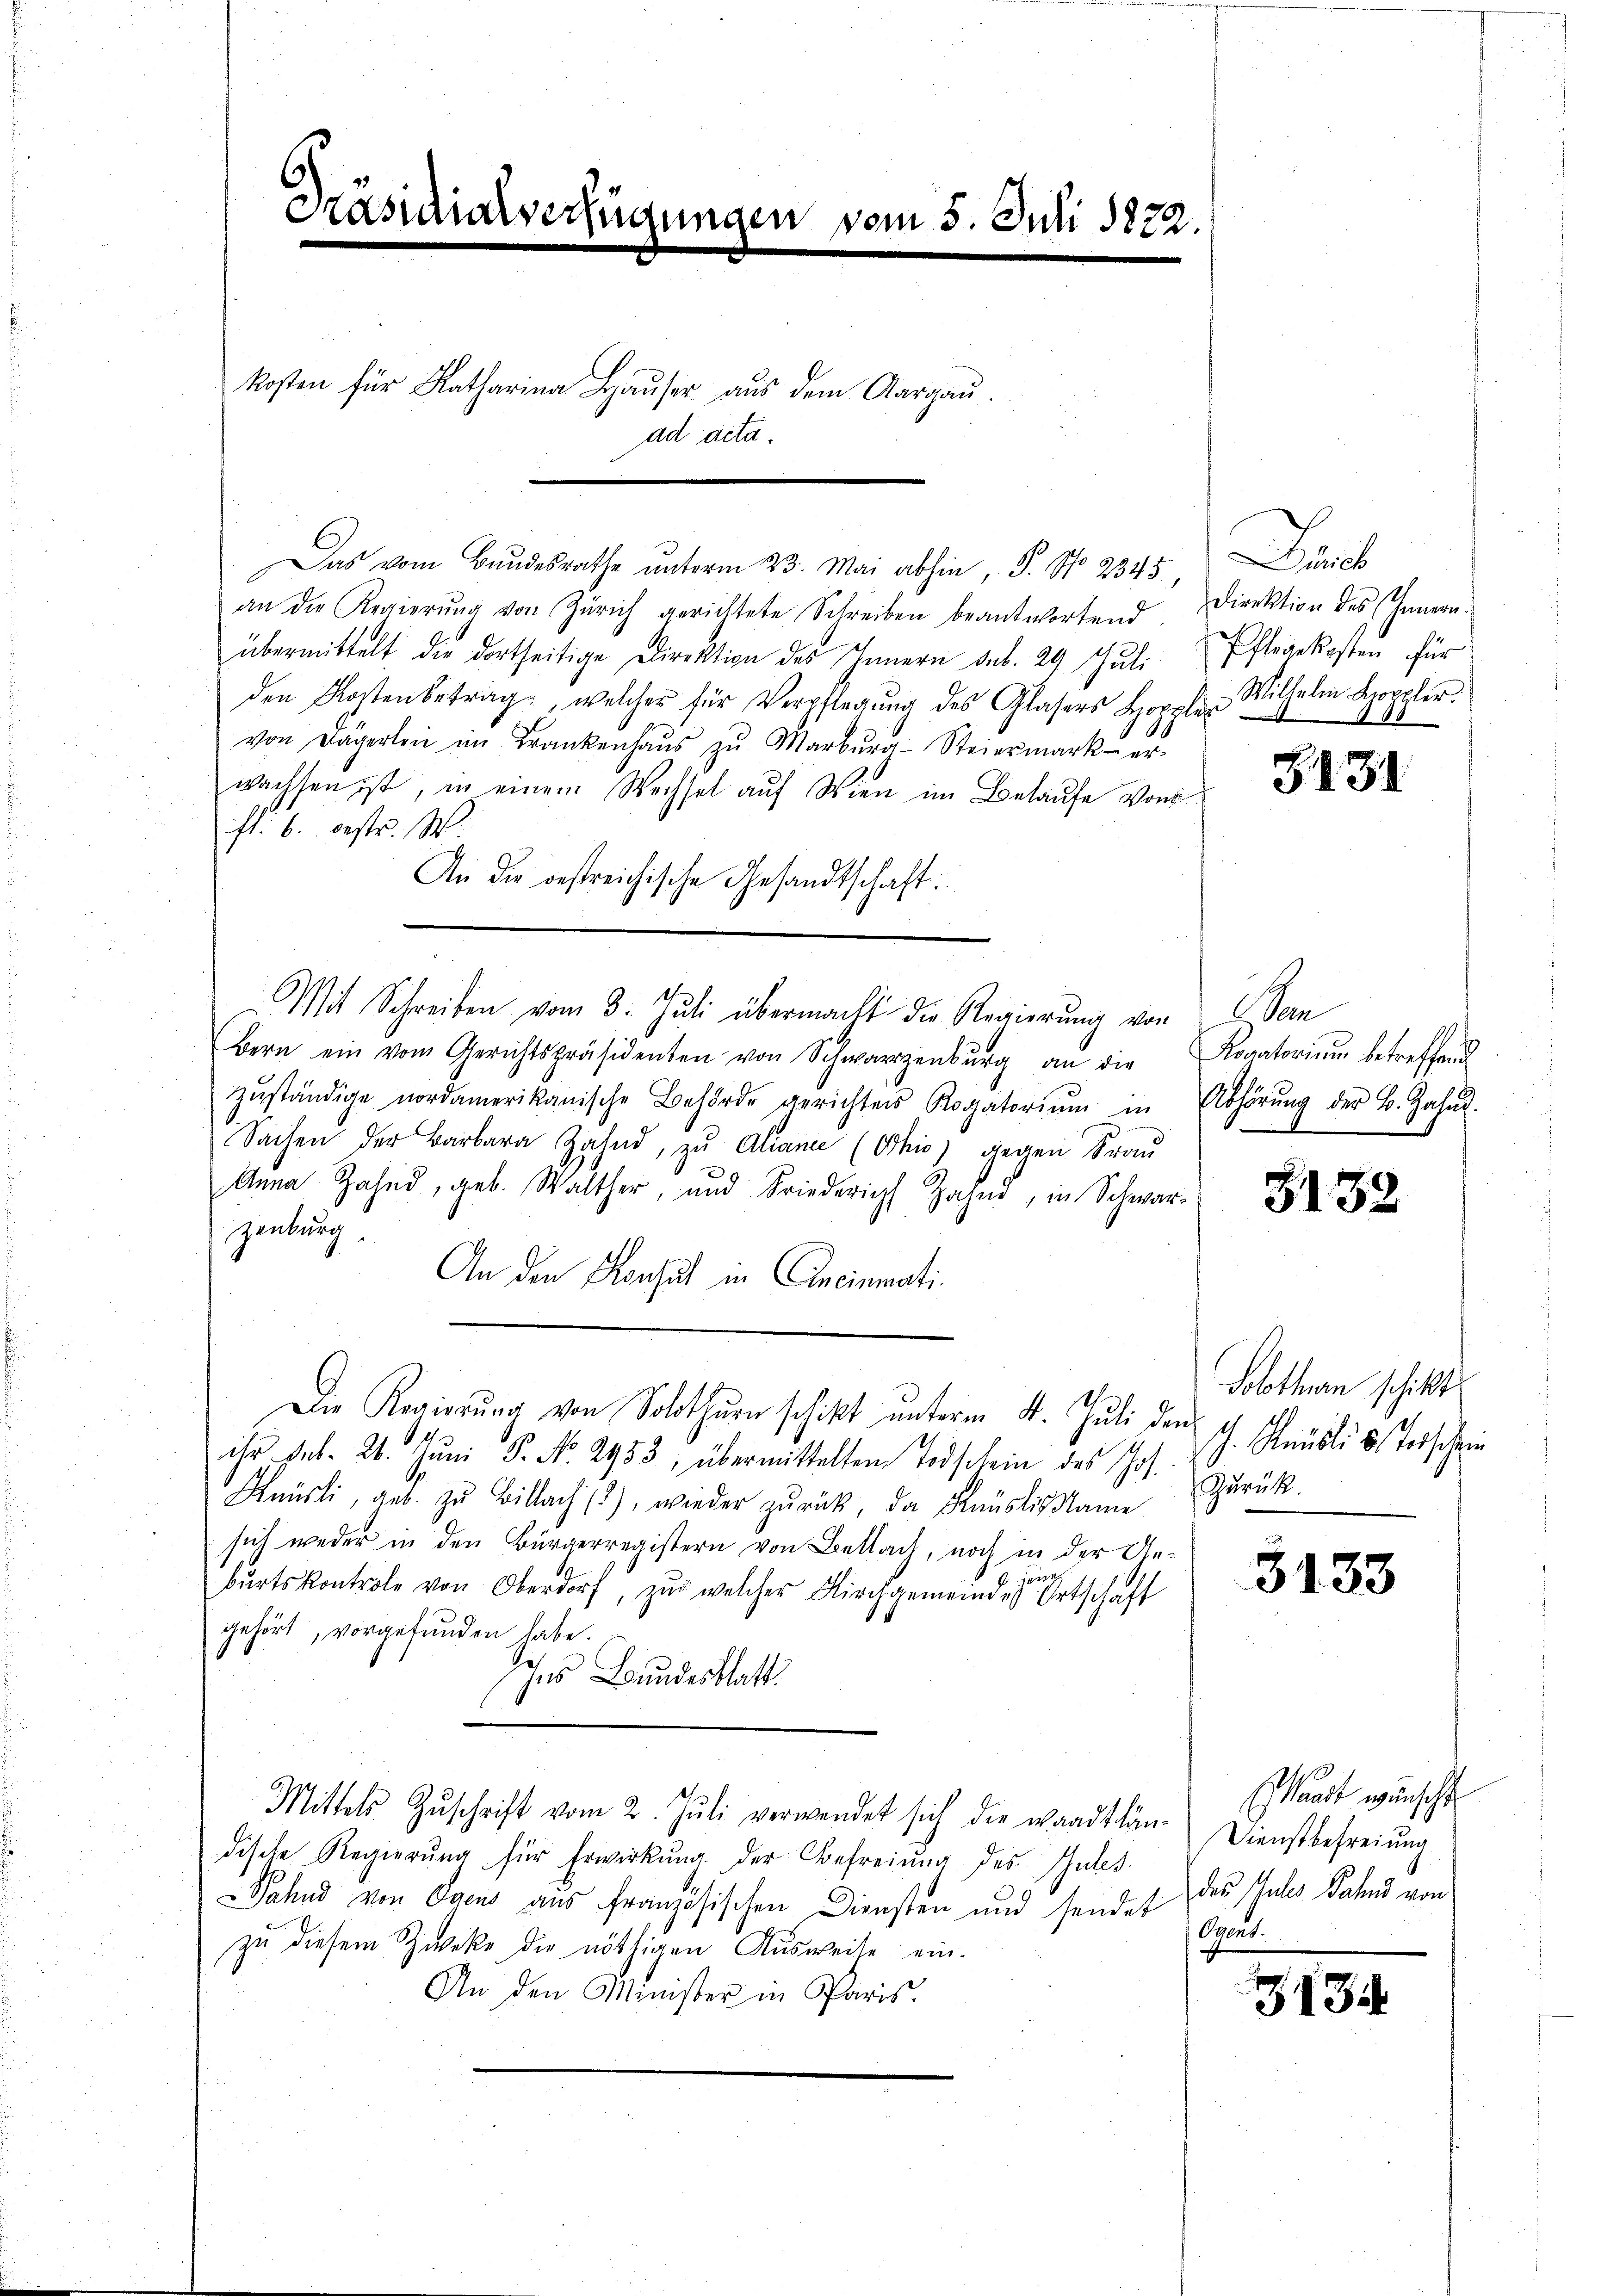
Brasiliarverfügungen vom 5. Juli 1822.

kosten für Katharina Hauser aus dem Aargau.
ad acta.

Das vom Bundesrathe unterm 23. Mai abhin, 5. No. 2345
an die Regierŭng von Zürich gerichtete Schreiben beantwortend. Direktion des Innern.
übermittelt die dortseitige Direktion des Innern sub. 29 Juli Pflegekosten für
den Kostenbetrag, welcher für Verpflegŭng des Glasers Hoppler Wilhelm Doppler.
von Dägerlei im Krankenhaŭs zŭ Markŭra-Steiermark er-
wachsen ist, in einem Wechsel auf Wien im Belaufe von
fl. 6. bestr. W.
An die bestreichische Gesandtschaft.
Bern ein vom Gerichtspräsidenten von Schwarzenbŭrg an die Rogatorium betreffend
zŭständige nordamerikanische Behörde gerichten Rogatoriŭm in Abhörŭng der B. Jahrs.
Sachen der Barbara Zahnd, zu Aliana (Ohio) gegen Frau
Anna Zahnd, geb. Walther, und Friederich Zahn, in Schwar-
zenburg
An den Konsul in Aneinmati¬
Die Regierŭng von Solothurn schikt ŭnterm 4. Juli den
ihr. sub. 28. Jŭni P. No. 2953, übermittelten Todschein des Jos.
Knüsli, geb. zŭ Billach (2), wieder zŭrück, da Knüslis Name Zŭrück.
sich weder in den Bürgerregistern von Bettach, noch in der Ani
bŭrtskontrole von Oberdorf, zur welcher Kirchgemeindes Ortschaft
gehört, vorgefunden habe.
Ins Bundesblatt.
Mittels Zŭschrift vom 2. Jŭli verwendet sich die waadtlän- Dienstbefreiung
dische Regierŭng für Erwirkung. Der Befreiung des Gutes
Pahnd von Ogens aus französischen Diensten und sendet sat
zu diesem Zweke die nöthigen Ausweise ein¬
An den Minister in Paris.

Mit Schreiben vom 3. Jŭli übermacht die Regierŭng von

Lind

3431

1ten

3132

Solothurn schikt.
. Publi u. erschein

3133

aadt wünscht
das Gutes Bahns von

3135